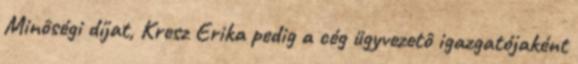
Minôségi díjat, Kresz Erika pedig a cég ügyvezetô igazgatójaként